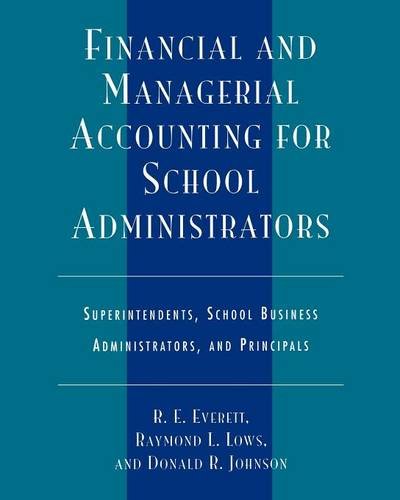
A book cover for Financial and Managerial Accounting for School Administrators: Superintendents, School Business Administrators and Principals; R. E. Everett; Education & Teaching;